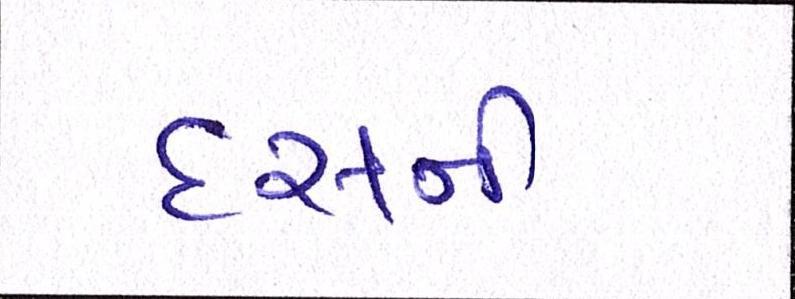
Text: દસની